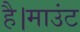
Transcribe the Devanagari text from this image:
है।माउंट